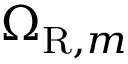
\Omega _ { \mathrm { R } , m }